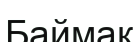
Баймак